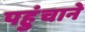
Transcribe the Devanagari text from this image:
पहुुंचाने